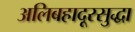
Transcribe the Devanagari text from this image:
अलिबहादूरसुद्धा